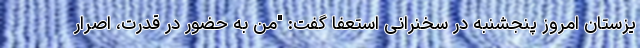
یزستان امروز پنجشنبه در سخنرانی استعفا گفت: "من به حضور در قدرت، اصرار